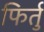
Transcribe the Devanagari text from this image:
फिर्तु